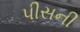
પીસની